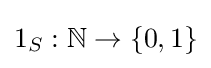
1_{S}:\mathbb {N} \to \{0,1\}